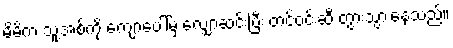
မိမိက သူ့အစ်ကို ကျောပေါ်မှ လျှောဆင်းပြီး တင်ဝင်းဆီ တွားသွားနေသည်။